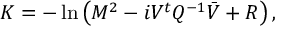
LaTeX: { \cal K } = - \ln \left( M ^ { 2 } - i V ^ { t } { Q } ^ { - 1 } \bar { V } + R \right) ,